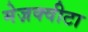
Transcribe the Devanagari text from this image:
मेज़क्वीटा